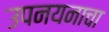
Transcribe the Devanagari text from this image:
उपनयनाचा